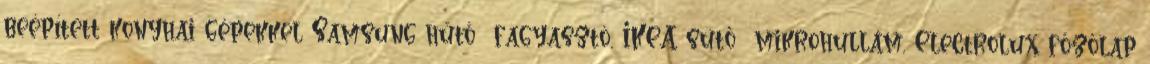
beépített konyhai gépekkel Samsung hűtő fagyasztó, IKEA sütő mikrohullám, Electrolux főzőlap